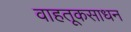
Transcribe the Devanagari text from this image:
वाहतूकसाधन